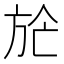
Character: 𣃢